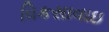
વિકસાવાઇ